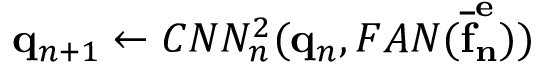
\mathbf { q } _ { n + 1 } \leftarrow C N N _ { n } ^ { 2 } ( \mathbf { q } _ { n } , F A N ( \mathbf { \overline { { f } } _ { n } ^ { e } } ) )